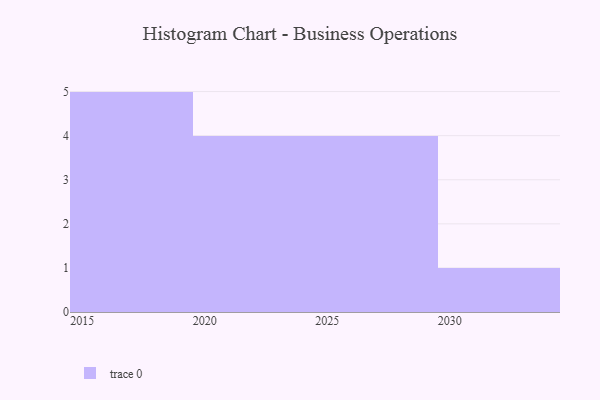
{"axis": {"x": "Year", "y": "Operating Costs (USD K)"}, "legend": [""], "data": [{"x": "2022", "y": 18, "type": ""}, {"x": "2021", "y": 82, "type": ""}, {"x": "2019", "y": 84, "type": ""}, {"x": "2017", "y": 2, "type": ""}, {"x": "2030", "y": 63, "type": ""}, {"x": "2016", "y": 72, "type": ""}, {"x": "2024", "y": 49, "type": ""}, {"x": "2026", "y": 42, "type": ""}, {"x": "2028", "y": 98, "type": ""}, {"x": "2027", "y": 6, "type": ""}, {"x": "2015", "y": 78, "type": ""}, {"x": "2023", "y": 96, "type": ""}, {"x": "2025", "y": 68, "type": ""}, {"x": "2018", "y": 51, "type": ""}]}